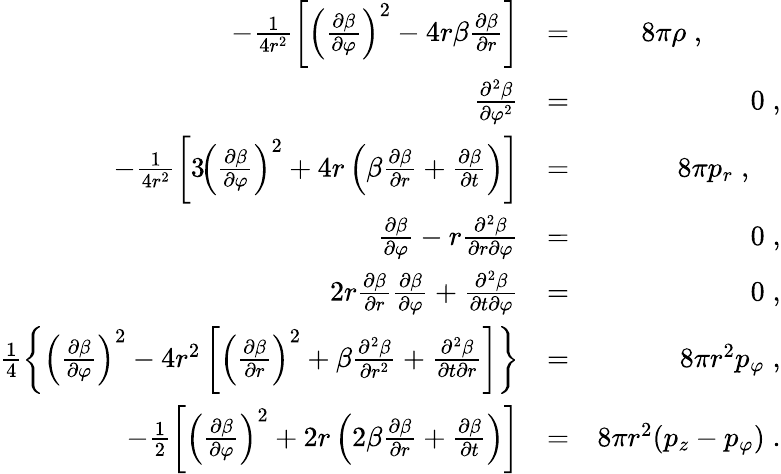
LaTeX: \begin{array}{rlr}{-\frac{1}{4r^{2}}\left[\left(\frac{\partial\beta}{\partial\varphi}\right)^{2}-4r\beta\frac{\partial\beta}{\partial r}\right]}&{=}&{8\pi\rho\; ,\; \; \; \; \; \; \; \; \; \; }\\ {\frac{\partial^{2}\beta}{\partial\varphi^{2}}}&{=}&{0\; ,}\\ {-\frac{1}{4r^{2}}\left[3\! \left(\frac{\partial\beta}{\partial\varphi}\right)^{2}+4r\left(\beta\frac{\partial\beta}{\partial r}+\frac{\partial\beta}{\partial t}\right)\right]}&{=}&{8\pi p_{r}\; ,\; \; \; \; }\\ {\frac{\partial\beta}{\partial\varphi}-r\frac{\partial^{2}\beta}{\partial r\partial\varphi}}&{=}&{0\; ,}\\ {2r\frac{\partial\beta}{\partial r}\frac{\partial\beta}{\partial\varphi}+\frac{\partial^{2}\beta}{\partial t\partial\varphi}}&{=}&{0\; ,}\\ {\frac{1}{4}\left\{ \left(\frac{\partial\beta}{\partial\varphi}\right)^{2}-4r^{2}\left[\left(\frac{\partial\beta}{\partial r}\right)^{2}+\beta\frac{\partial^{2}\beta}{\partial r^{2}}+\frac{\partial^{2}\beta}{\partial t\partial r}\right]\right\} }&{=}&{8\pi r^{2}p_{\varphi}\; ,}\\ {-\frac{1}{2}\left[\left(\frac{\partial\beta}{\partial\varphi}\right)^{2}+2r\left(2\beta\frac{\partial\beta}{\partial r}+\frac{\partial\beta}{\partial t}\right)\right]}&{=}&{8\pi r^{2}(p_{z}-p_{\varphi})\; .}\end{array}